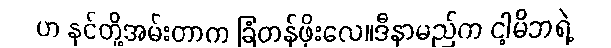
ဟ နင်တို့အမ်းတာက ခြံတန်ဖိုးလေ။ဒီနာမည်က ငါ့မိဘရဲ့